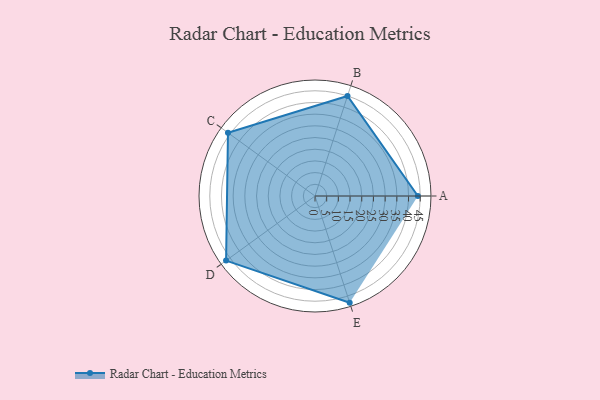
{"axis": {"x": "Skill", "y": "Score"}, "legend": ["Profile"], "data": [{"x": "A", "y": 44.0, "type": "Profile"}, {"x": "B", "y": 45.0, "type": "Profile"}, {"x": "C", "y": 46.0, "type": "Profile"}, {"x": "D", "y": 47.0, "type": "Profile"}, {"x": "E", "y": 48.0, "type": "Profile"}]}